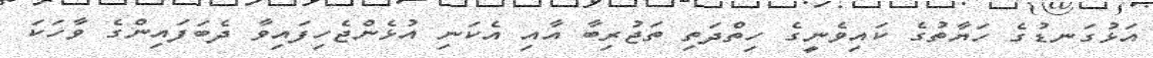
އަޅުގަނޑުގެ ހަޔާތުގެ ކައިވެނީގެ ހިތްދަތި ތަޖުރިބާ އާއި އެކަނި އުޅެންޖެހިފައިވާ ދެބަފައިންގެ ވާހަކަ